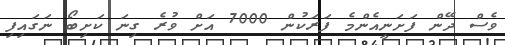
ވެސް ދޭން ފަށަނީއެންމެ ފަރަކުން 7000 އަށް ވުރެ ގިނަ ކަށިބޯ ނަގައިފި